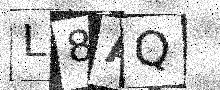
Text: L8AQ